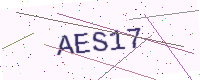
Text: AES17